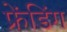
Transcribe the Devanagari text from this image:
फ्रेंडिंग